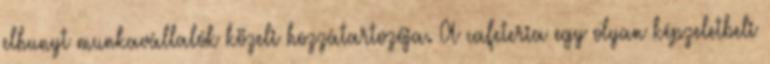
elhunyt munkavállalók közeli hozzátartozója. A cafeteria egy olyan képzeletbeli